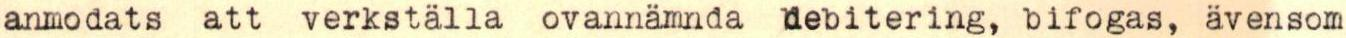
anmodats att verkställa ovannämnda debitering, bifogas, ävensom